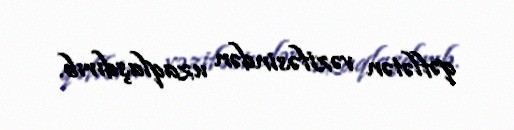
qəflətən vəzifəsindən uzaqlaşdırıb.